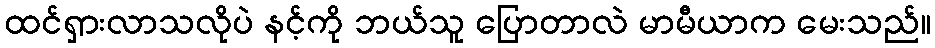
ထင်ရှားလာသလိုပဲ နင့်ကို ဘယ်သူ ပြောတာလဲ မာမီယာက မေးသည်။